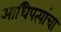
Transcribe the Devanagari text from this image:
आधिपत्यांचा